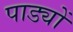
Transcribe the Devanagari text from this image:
पाड्यों